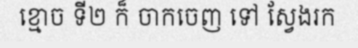
ខ្មោច ទី២ ក៏ ចាកចេញ ទៅ ស្វែងរក